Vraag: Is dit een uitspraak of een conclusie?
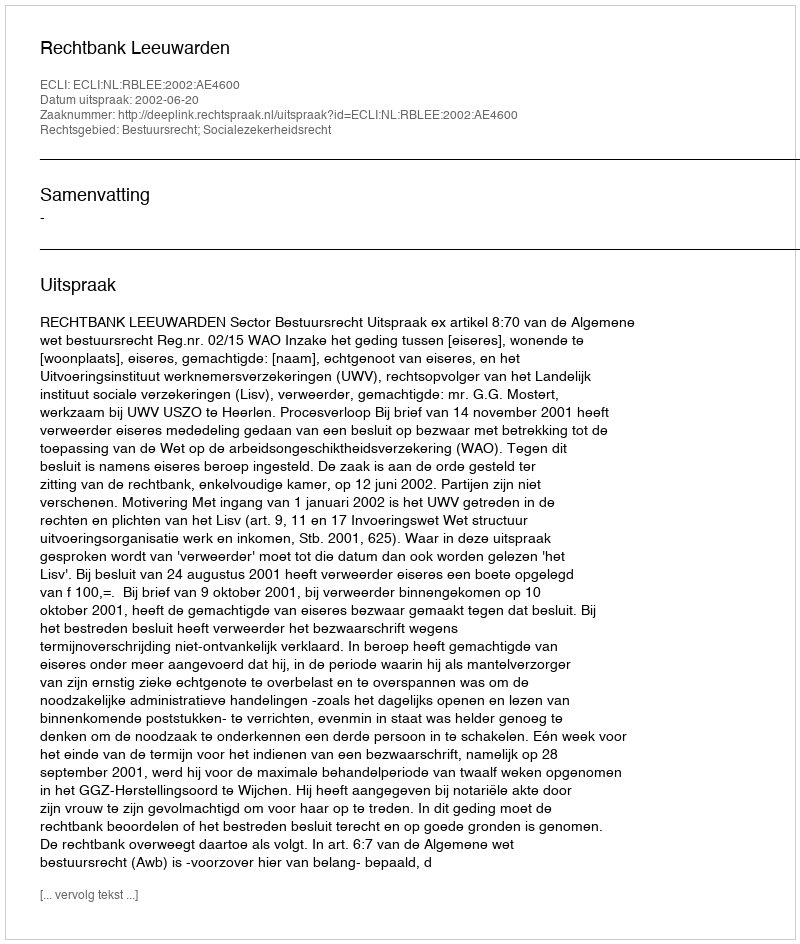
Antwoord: Uitspraak